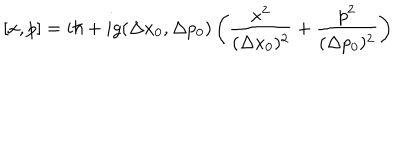
[ x , p ] = i \hbar + i g ( \Delta x _ { 0 } , \Delta p _ { 0 } ) \left( \frac { x ^ { 2 } } { ( \Delta x _ { 0 } ) ^ { 2 } } + \frac { p ^ { 2 } } { ( \Delta p _ { 0 } ) ^ { 2 } } \right)